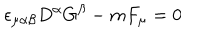
\epsilon _ { \mu \alpha \beta } D ^ { \alpha } G ^ { \beta } - m F _ { \mu } = 0